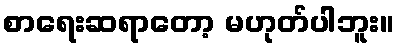
စာရေးဆရာတော့ မဟုတ်ပါဘူး။